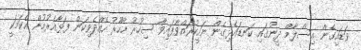
ވަޑައިގެން އިސްލާމް ދީނުގައި ކަނޑައެޅިގެން ނަހީކުރައްވާފައިވާ ސިހުރު ހާހޫރު ހެއްދެވިކަން ފަޅާއެރުމުން އެކަމަކީ